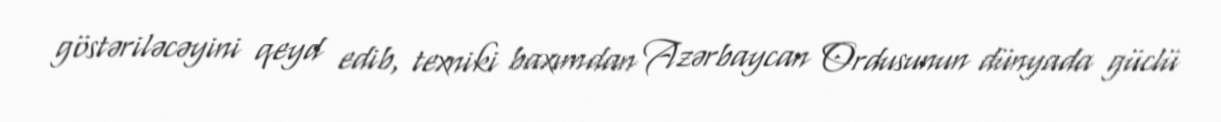
göstəriləcəyini qeyd edib, texniki baxımdan Azərbaycan Ordusunun dünyada güclü